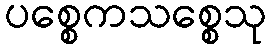
ပစ္စေကသစ္စေသု